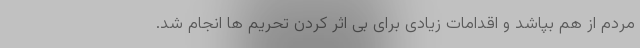
مردم از هم بپاشد و اقدامات زیادی برای بی اثر کردن تحریم ها انجام شد.